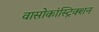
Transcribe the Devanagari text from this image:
वासोकांस्ट्रिक्शन